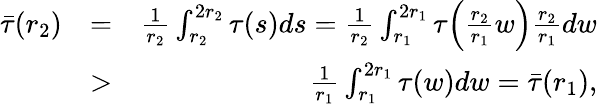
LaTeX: \begin{array}{rlr}{\bar{\tau}(r_{2})}&{=}&{\frac{1}{r_{2}}\int_{r_{2}}^{2r_{2}}\tau(s)ds=\frac{1}{r_{2}}\int_{r_{1}}^{2r_{1}}\tau\Big(\frac{r_{2}}{r_{1}}w\Big)\frac{r_{2}}{r_{1}}dw}\\ &{>}&{\frac{1}{r_{1}}\int_{r_{1}}^{2r_{1}}\tau(w)dw=\bar{\tau}(r_{1}),}\end{array}